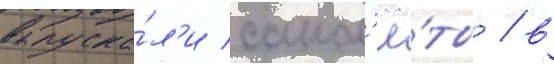
выпуска́л'и самол'ё́ты / в